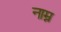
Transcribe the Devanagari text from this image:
नाम्न